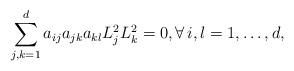
LaTeX: \begin{align*}\sum_{j,k=1}^d a_{ij} a_{jk} a_{kl} L_j^2 L_k^2 =0, \forall \, i, l =1,\dots,d,\end{align*}